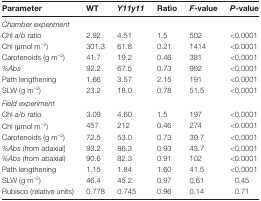
| Parameter | WT | Y11y11 | Ratio | F-value | P-value |
 | --- | --- | --- | --- | --- | --- |
 | Chamber experiment |  |  |  |  |  |
 | Chl a/b ratio | 2.92 | 4.51 | 1.5 | 502 | <0.0001 |
 | Chl (μmol m−2) | 301.3 | 61.8 | 0.21 | 1414 | <0.0001 |
 | Carotenoids (g m−2) | 41.7 | 19.2 | 0.46 | 381 | <0.0001 |
 | %Abs | 92.2 | 67.5 | 0.73 | 992 | <0.0001 |
 | Path lengthening | 1.66 | 3.57 | 2.15 | 191 | <0.0001 |
 | SLW (g m−2) | 23.2 | 18.0 | 0.78 | 51.5 | <0.0001 |
 | Field experiment |  |  |  |  |  |
 | Chl a/b ratio | 3.09 | 4.60 | 1.5 | 197 | <0.0001 |
 | Chl (μmol m−2) | 457 | 212 | 0.46 | 274 | <0.0001 |
 | Carotenoids (g m−2) | 72.5 | 53.0 | 0.73 | 39.7 | <0.0001 |
 | %Abs (from adaxial) | 93.2 | 86.3 | 0.93 | 43.7 | <0.0001 |
 | %Abs (from abaxial) | 90.6 | 82.3 | 0.91 | 102 | <0.0001 |
 | Path lengthening | 1.15 | 1.84 | 1.60 | 41.5 | <0.0001 |
 | SLW (g m−2) | 46.4 | 45.2 | 0.97 | 0.61 | 0.45 |
 | Rubisco (relative units) | 0.778 | 0.745 | 0.96 | 0.14 | 0.71 |